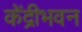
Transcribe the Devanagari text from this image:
केंद्रीभवन